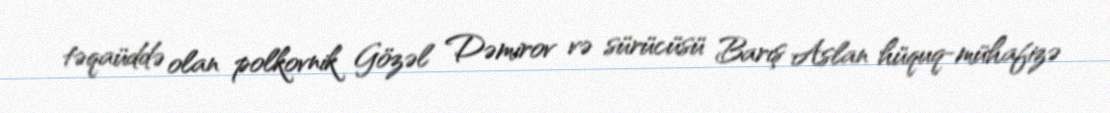
təqaüddə olan polkovnik Gözəl Dəmirov və sürücüsü Barış Aslan hüquq-mühafizə